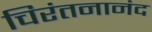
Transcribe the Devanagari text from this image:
चिरंतनानंद